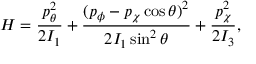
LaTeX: H = { \frac { p _ { \theta } ^ { 2 } } { 2 I _ { 1 } } } + { \frac { ( p _ { \phi } - p _ { \chi } \cos \theta ) ^ { 2 } } { 2 I _ { 1 } \sin ^ { 2 } \theta } } + { \frac { p _ { \chi } ^ { 2 } } { 2 I _ { 3 } } } ,